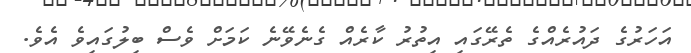
އަހަރުގެ ދައުރެއްގެ ތެރޭގައި އިތުރު ކާރެއް ގެނެވޭނެ ކަމަށް ވެސް ބިލުގައިވެ އެވެ.